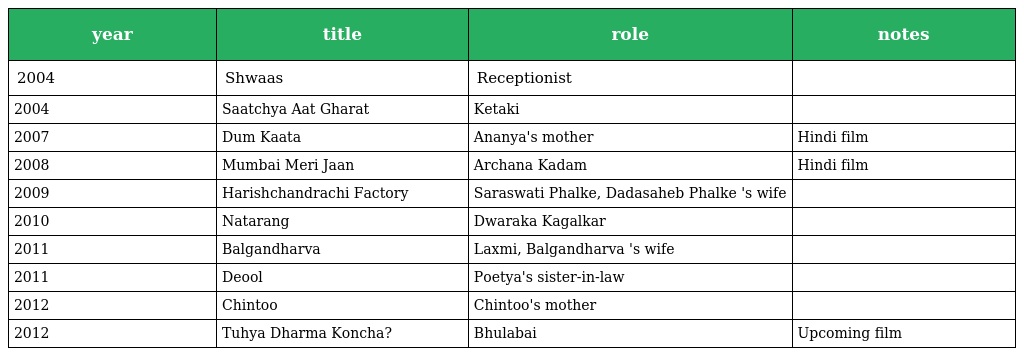
| year | title | role | notes |
 | --- | --- | --- | --- |
 | 2004 | Shwaas | Receptionist |  |
 | 2004 | Saatchya Aat Gharat | Ketaki |  |
 | 2007 | Dum Kaata | Ananya's mother | Hindi film |
 | 2008 | Mumbai Meri Jaan | Archana Kadam | Hindi film |
 | 2009 | Harishchandrachi Factory | Saraswati Phalke, Dadasaheb Phalke 's wife |  |
 | 2010 | Natarang | Dwaraka Kagalkar |  |
 | 2011 | Balgandharva | Laxmi, Balgandharva 's wife |  |
 | 2011 | Deool | Poetya's sister-in-law |  |
 | 2012 | Chintoo | Chintoo's mother |  |
 | 2012 | Tuhya Dharma Koncha? | Bhulabai | Upcoming film |